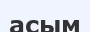
асым